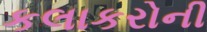
કલાકરોની